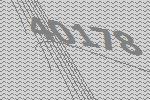
40178